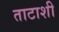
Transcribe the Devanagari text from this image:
ताटाशी